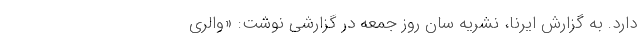
دارد. به گزارش ایرنا، نشریه سان روز جمعه در گزارشی نوشت: ‌«والری